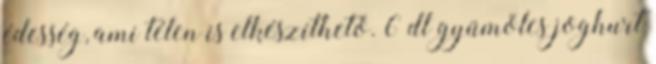
édesség, ami télen is elkészíthető. 6 dl gyümölcs joghurt